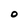
Character: O